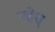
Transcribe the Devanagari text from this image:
महेश्